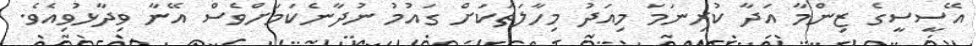
އޭސީސީގެ ޒިންމާ އަދާ ކުރިނަމަ މިއަދު މިހާލަތަކަށް ގައުމު ނުދާނެކަމަށްވެސް އޭނާ ވިދާޅުވިއެވެ.